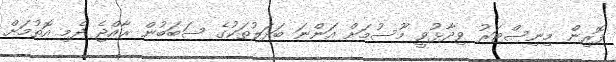
ފޮރިން މިނިސްޓަރު ވިދާޅުވީ މޫސުމަށް އަންނަ ބަދަލުތަކުގެ ސަބަބުން ރާއްޖެ ދެމި އޮތުމަށް